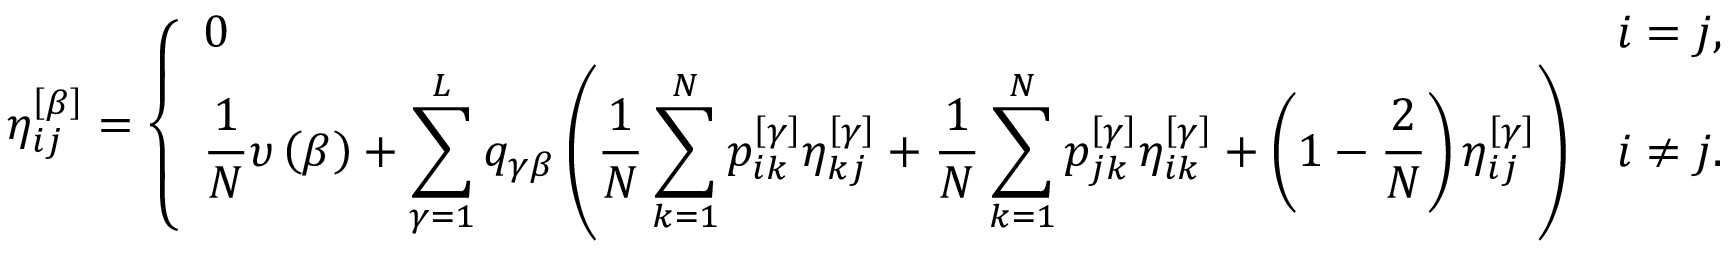
\eta _ { i j } ^ { \left[ \beta \right] } = \left\{ \begin{array} { l l } { \displaystyle 0 } & { \displaystyle i = j , } \\ { \displaystyle \frac { 1 } { N } \upsilon \left( \beta \right) + \sum _ { \gamma = 1 } ^ { L } q _ { \gamma \beta } \left( \frac { 1 } { N } \sum _ { k = 1 } ^ { N } p _ { i k } ^ { \left[ \gamma \right] } \eta _ { k j } ^ { \left[ \gamma \right] } + \frac { 1 } { N } \sum _ { k = 1 } ^ { N } p _ { j k } ^ { \left[ \gamma \right] } \eta _ { i k } ^ { \left[ \gamma \right] } + \left( 1 - \frac { 2 } { N } \right) \eta _ { i j } ^ { \left[ \gamma \right] } \right) } & { \displaystyle i \neq j . } \end{array} \right.